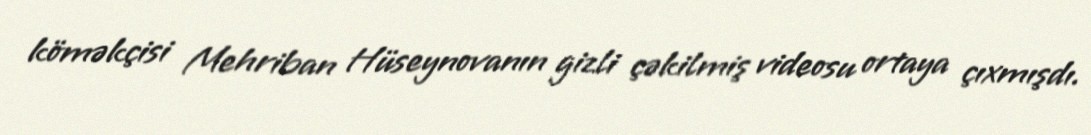
köməkçisi Mehriban Hüseynovanın gizli çəkilmiş videosu ortaya çıxmışdı.